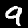
Digit: 9